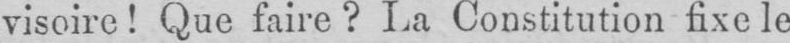
visoire! Que faire? La Constitution fixe le